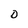
Character: D